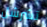
تشرشل